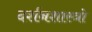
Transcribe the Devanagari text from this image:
दर्शनशास्त्रो